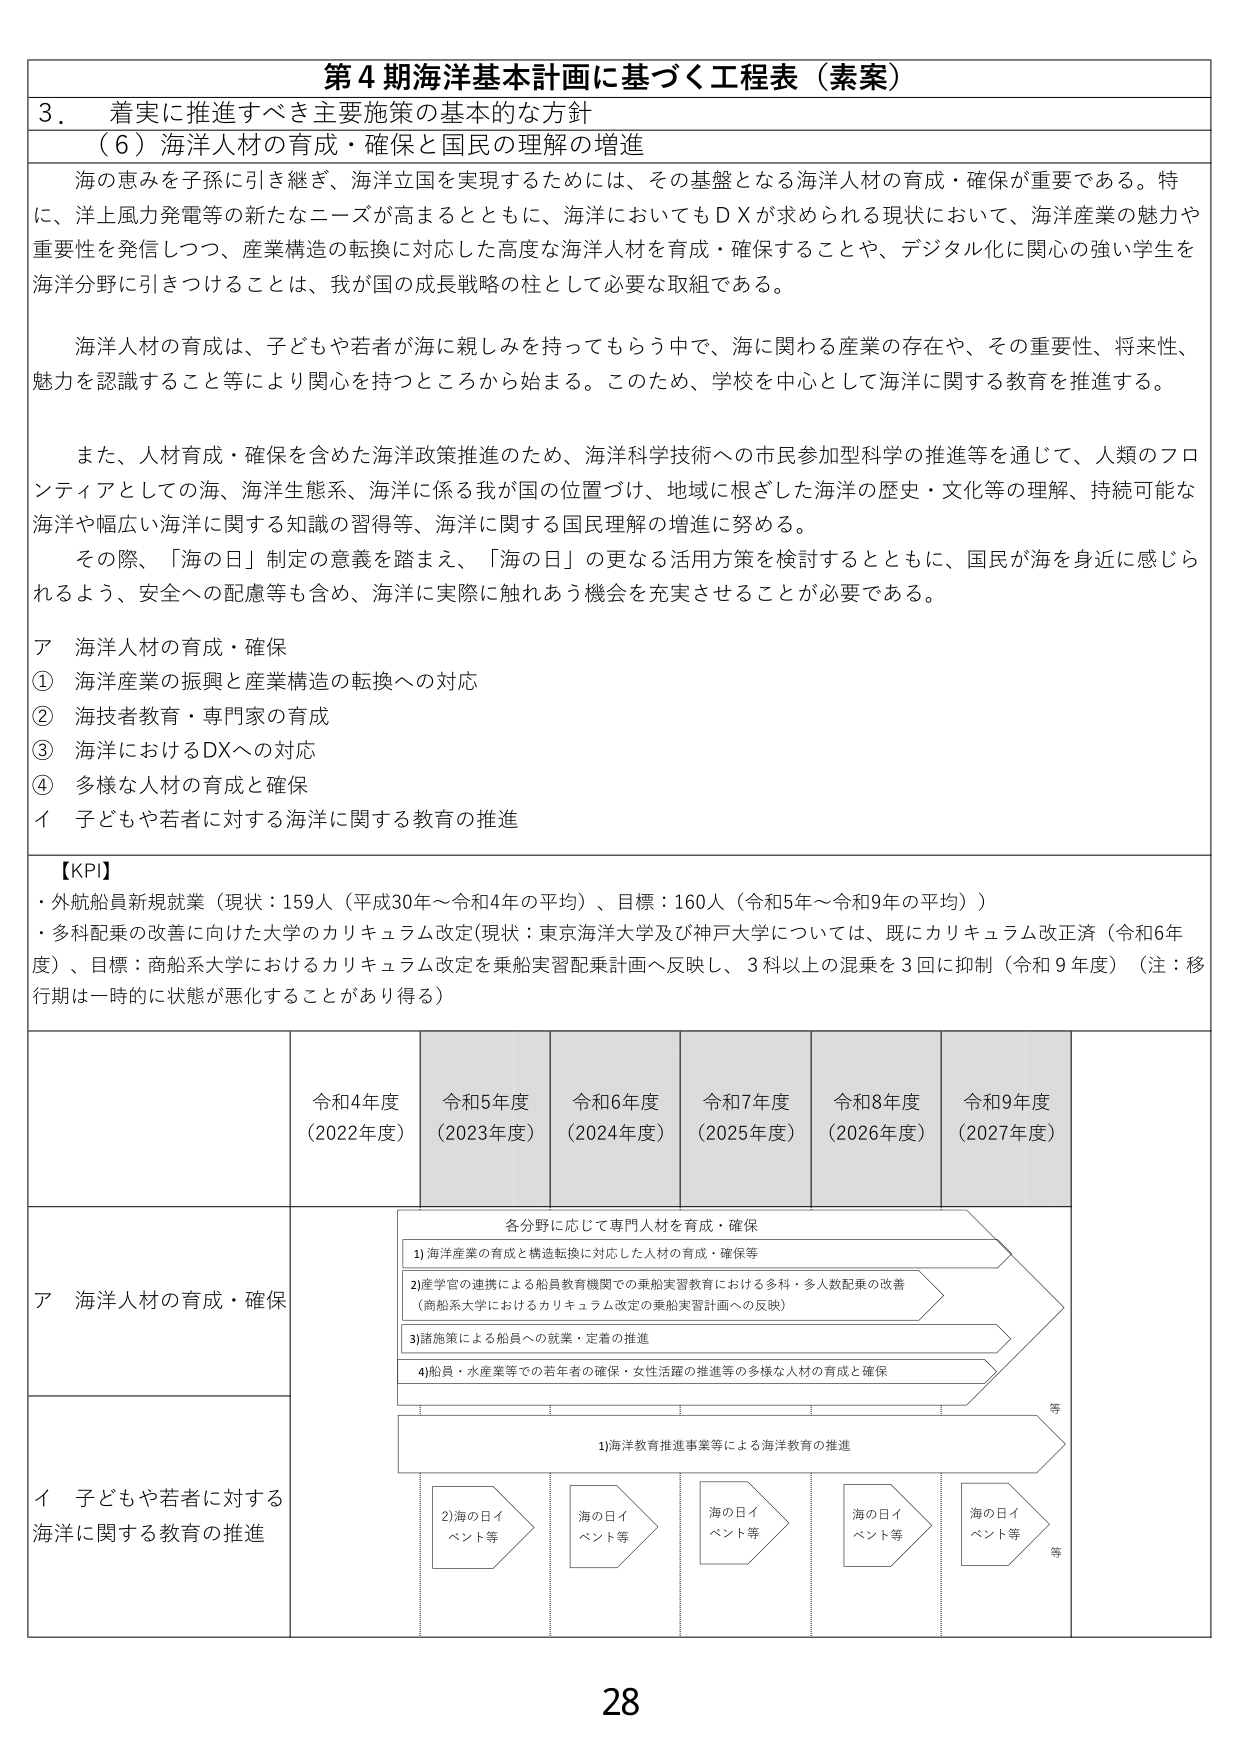
第４期海洋基本計画に基づく工程表（素案）

３．着実に推進すべき主要施策の基本的な方針
（６）海洋人材の育成・確保と国民の理解の増進

海の恵みを子孫に引き継ぎ、海洋立国を実現するためには、その基盤となる海洋人材の育成・確保が重要である。特に、洋上風力発電等の新たなニーズが高まるとともに、海洋においてもＤＸが求められる現状において、海洋産業の魅力や重要性を発信しつつ、産業構造の転換に対応した高度な海洋人材を育成・確保することや、デジタル化に関心の強い学生を海洋分野に引きつけることは、我が国の成長戦略の柱として必要な取組である。

海洋人材の育成は、子どもや若者が海に親しみを持ってもらう中で、海に関わる産業の存在や、その重要性、将来性、魅力を認識すること等により関心を持つところから始まる。このため、学校を中心として海洋に関する教育を推進する。

また、人材育成・確保を含めた海洋政策推進のため、海洋科学技術への市民参加型科学の推進等を通じて、人類のフロンティアとしての海、海洋生態系、海洋に係る我が国の位置づけ、地域に根ざした海洋の歴史・文化等の理解、持続可能な海洋や幅広い海洋に関する知識の習得等、海洋に関する国民理解の増進に努める。

その際、「海の日」制定の意義を踏まえ、「海の日」の更なる活用方策を検討するとともに、国民が海を身近に感じられるよう、安全への配慮等も含め、海洋に実際に触れあう機会を充実させることが必要である。

ア 海洋人材の育成・確保
① 海洋産業の振興と産業構造の転換への対応
② 海技者教育・専門家の育成
③ 海洋におけるDXへの対応
④ 多様な人材の育成と確保
イ 子どもや若者に対する海洋に関する教育の推進

【KPI】
・外航船員新規就業（現状：159人（平成30年～令和4年の平均）、目標：160人（令和5年～令和9年の平均））
・多科配乗の改善に向けた大学のカリキュラム改定（現状：東京海洋大学及び神戸大学については、既にカリキュラム改正済（令和6年度）、目標：商船系大学におけるカリキュラム改定を乗船実習配乗計画へ反映し、3科以上の混乗を3回に抑制（令和9年度）（注：移行期は一時的に状態が悪化することがあり得る））

令和4年度（2022年度） 令和5年度（2023年度） 令和6年度（2024年度） 令和7年度（2025年度） 令和8年度（2026年度） 令和9年度（2027年度）

ア 海洋人材の育成・確保
各分野に応じて専門人材を育成・確保
1) 海洋産業の育成と構造転換に対応した人材の育成・確保等
2) 産学官の連携による船員教育機関での乗船実習教育における多科・多人数配乗の改善（商船系大学におけるカリキュラム改定の乗船実習計画への反映）
3) 諸施策による船員への就業・定着の推進
4) 船員・水産業等での若年者の確保・女性活躍の推進等の多様な人材の育成と確保

イ 子どもや若者に対する海洋に関する教育の推進
1) 海洋教育推進事業等による海洋教育の推進
2) 海の日イベント等
海の日イベント等
海の日イベント等
海の日イベント等
海の日イベント等
等

28